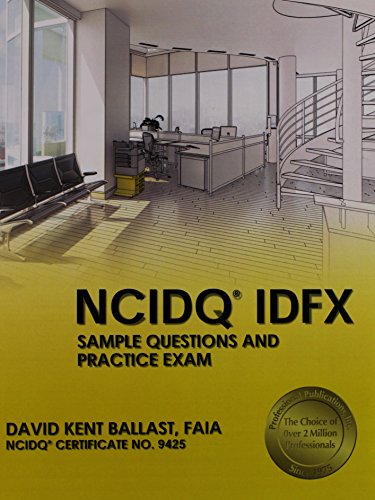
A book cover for NCIDQÂ® IDFX: Sample Questions and Practice Exam; David Kent Ballast; Arts & Photography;